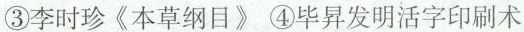
)③李时珍《本草纲目》 ④毕昇发明活字印刷术